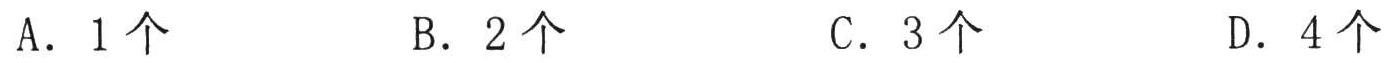
A. \(1\)个\(\quad\)B. \(2\)个\(\quad\)C. \(3\)个\(\quad\)D. \(4\)个